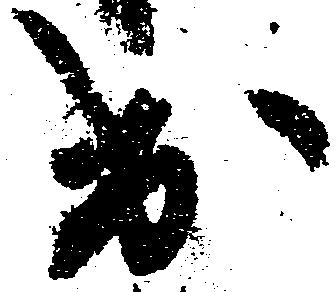
出